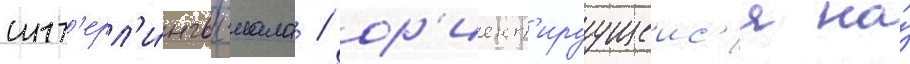
инт'ерл'и́нгвы-иала / ор'иент'ируущеис'я на́